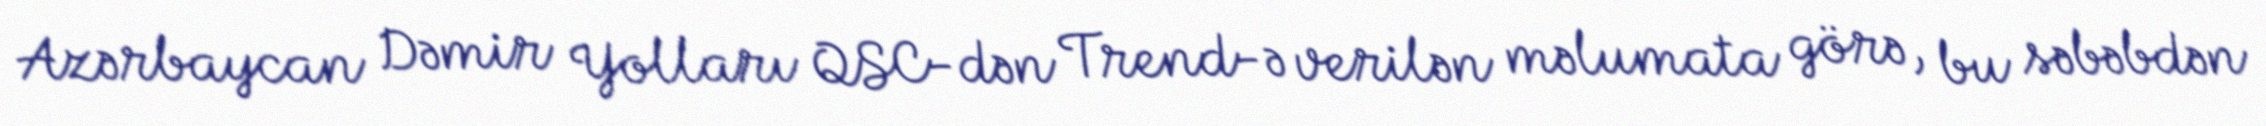
Azərbaycan Dəmir Yolları QSC-dən Trend-ə verilən məlumata görə, bu səbəbdən